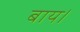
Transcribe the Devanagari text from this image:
बाय।